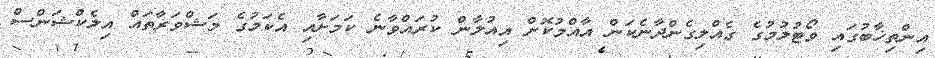
އިންތިޚާބުގައި ވޯޓުލުމުގެ ގެއްލިގެންދާނެކަން އާއްމުކޮށް އިއުލާން ކުރައްވާނެ ކަމަށާއި އެކަމުގެ މަޝްވަރާތައް އިލެކްޝަންސް